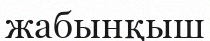
жабынқыш